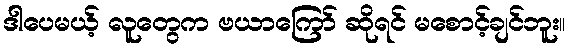
ဒါပေမယ့် လူတွေက ဗယာကြော် ဆိုရင် မစောင့်ချင်ဘူး။